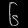
Digit: ၆